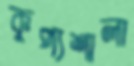
কুপ্যশালা